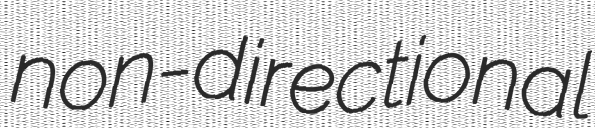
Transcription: non-directional